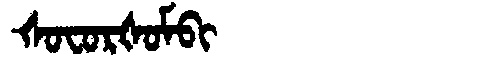
Manchu: ᡧᠣᠸᠣᡵᡧᠣᠮᠪᡳ
Romanization: ŠOFORŠOMBI